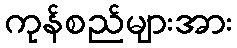
ကုန်စည်များအား